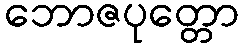
ဘောဇပုတ္တော